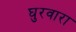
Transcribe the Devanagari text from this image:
घुरवारा